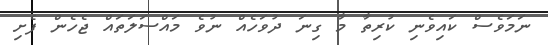
ނަމަވެސް ކައިވެނި ކުރިތާ މާ ގިނަ ދުވަހެއް ނުވެ މައްސަލަތައް ޖެހެން ފެށި